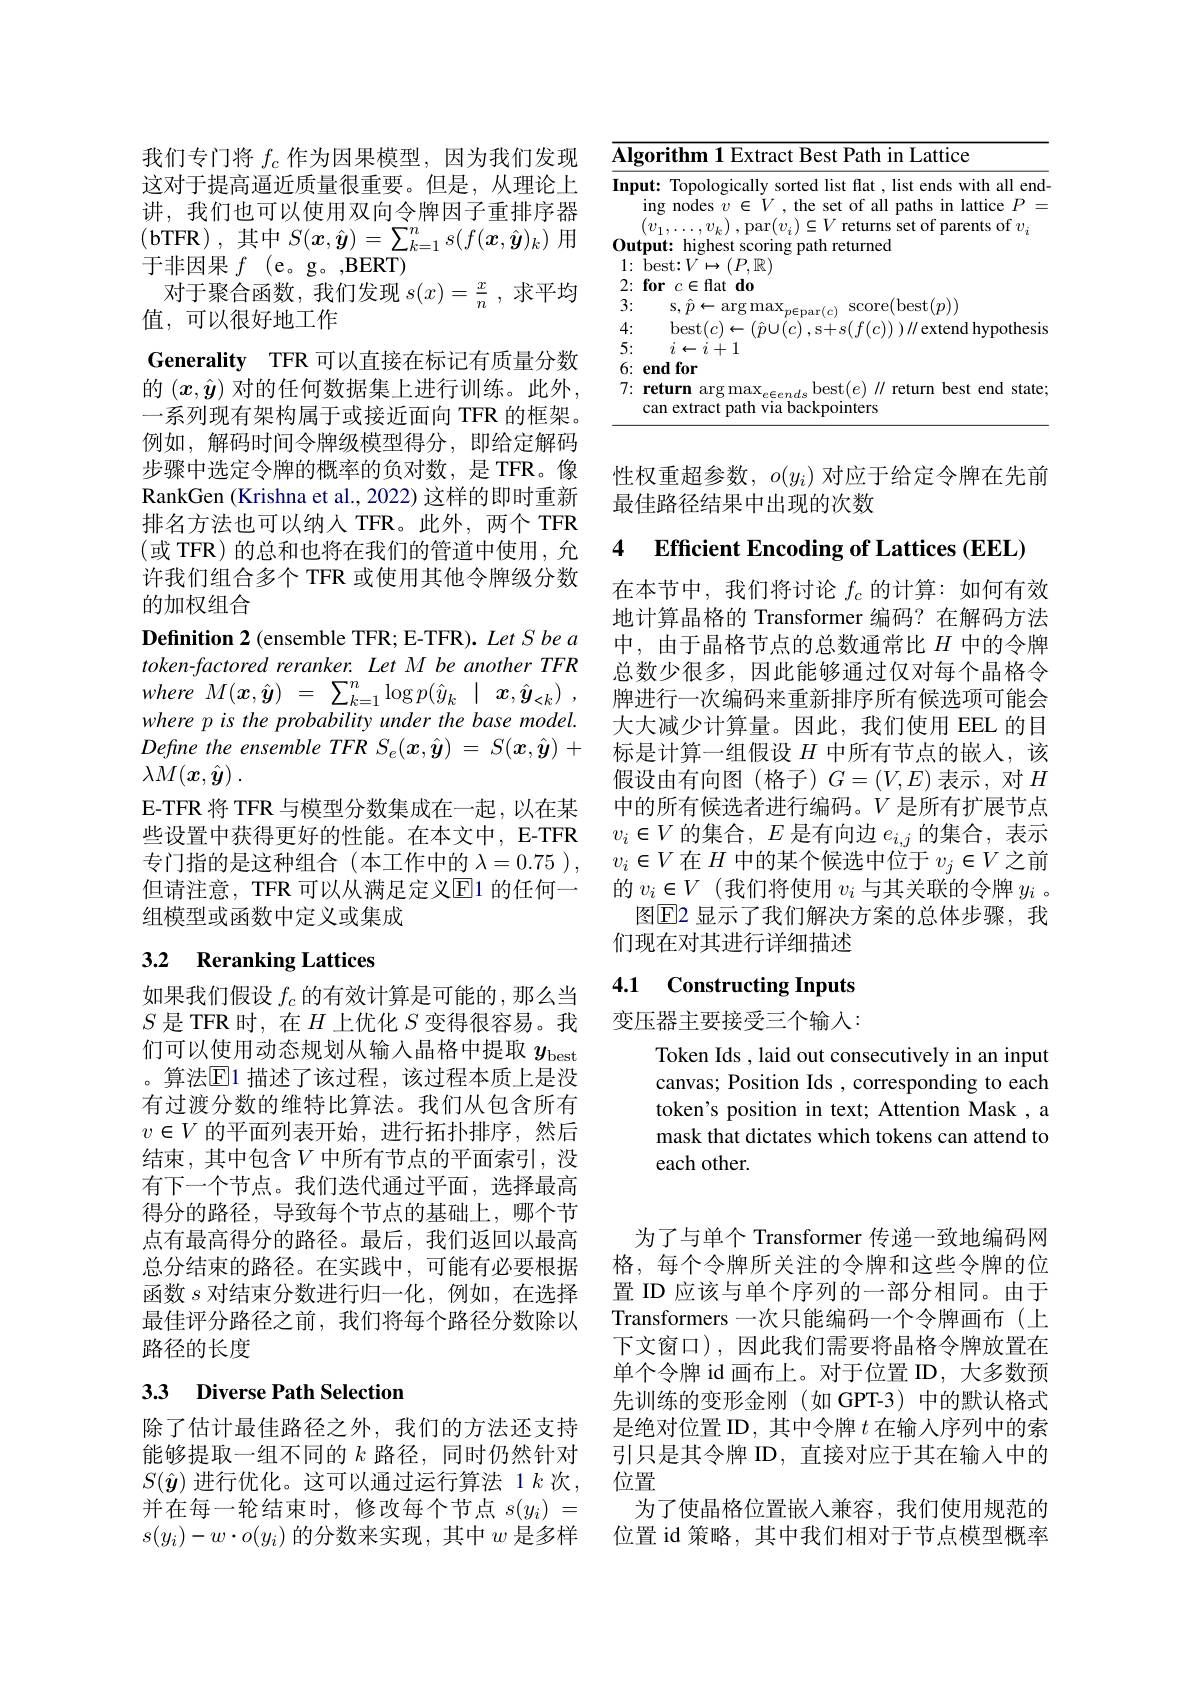
我们专门将$f_c$作为因果模型，因为我们发现这对于提高逼近质量很重要。但是，从理论上讲，我们也可以使用双向令牌因子重排序器(bTFR),其中$S(\boldsymbol x,\hat{\boldsymbol{y}})=\sum_k=1^ns(f(\boldsymbol{x},\hat{\boldsymbol{y}})_k)$用于非因果$f$ (e。g。,BERT)
对于聚合函数，我们发现$s( x) = \frac xn$ ,求平均
值，可以很好地工作
Generality TFR 可以直接在标记有质量分数的 $(x,\hat{\boldsymbol{y}})$ 对的任何数据集上进行训练。此外， 一系列现有架构属于或接近面向 TFR 的框架。例如，解码时间令牌级模型得分，即给定解码步骤中选定令牌的概率的负对数，是 TFR。像RankGen (Krishna et al., 2022) 这样的即时重新排名方法也可以纳人 TFR。此外，两个 TFR (或 TFR)的总和也将在我们的管道中使用，允许我们组合多个 TFR 或使用其他令牌级分数的加权组合
Definition 2 (ensemble TFR; E-TFR). Let S be a token-factored reranker. Let M be another TFR $where~M(x,\hat{\boldsymbol{y}})~=~\sum_{k=1}^{n}\log p(\hat{y}_{k}~|~x,\hat{\boldsymbol{y}}_{<k})~$, where p is the probability under the base model. $\lambda M( \boldsymbol{x}, \hat{\boldsymbol{y}} )$ .
E-TFR 将 TFR 与模型分数集成在一起，以在某些设置中获得更好的性能。在本文中，E-TFR 专门指的是这种组合(本工作中的$\lambda=0.75$ ), 但请注意，TFR 可以从满足定义$\overline{\mathrm{E}}$1 的任何一组模型或函数中定义或集成

## 3.2 Reranking Lattices

如果我们假设$f_c$的有效计算是可能的 ,那么当$S$是 TFR 时，在$H$上优化$S$变得很容易。我们可以使用动态规划从输入晶格中提取$y_\mathrm{best}$ 。算法$\boxed{\mathrm{F}}1$ 描述了该过程，该过程本质上是没有过渡分数的维特比算法。我们从包含所有$v\in V$的平面列表开始，进行拓扑排序，然后结束，其中包含$V$ 中所有节点的平面索引，没有下一个节点。我们迭代通过平面，选择最高得分的路径，导致每个节点的基础上，哪个节点有最高得分的路径。最后，我们返回以最高总分结束的路径。在实践中，可能有必要根据函数$s$对结束分数进行归一化，例如，在选择最佳评分路径之前，我们将每个路径分数除以路径的长度

# 33 Diverse Path Selection

$s(y_{i})-w\cdot o(y_{i})$的分数来实现，其中$w$是多样

<table>
	<tbody>
		<tr>
			<td>$\overline{\mathbf{AI}};$</td>
			<td>gorithm 1 Extract Best Path in Lattice</td>
		</tr>
		<tr>
			<td>3:</td>
			<td>$S.7$ score( best( p) ) $A.Tp$</td>
		</tr>
		<tr>
			<td>4: </td>
			<td>pcf</td>
		</tr>
		<tr>
			<td>5: ·</td>
			<td>$i\leftarrow i+1$</td>
		</tr>
		<tr>
			<td>6:</td>
			<td>endfor</td>
		</tr>
		<tr>
			<td>7:</td>
			<td>return argmax$_e\in ends$best$(e)\|$ return best end state; can extract path via backpointers</td>
		</tr>
	</tbody>
</table>

性权重超参数，$o(y_i)$对应于给定令牌在先前
最佳路径结果中出现的次数

## 4 Efficient Encoding of Lattices (EEL)

在本节中，我们将讨论$f_c$的计算：如何有效地计算晶格的 Transformer 编码？在解码方法中，由于晶格节点的总数通常比$H$中的令牌总数少很多，因此能够通过仅对每个晶格令牌进行一次编码来重新排序所有候选项可能会大大减少计算量。因此，我们使用 EEL 的目标是计算一组假设$H$中所有节点的嵌人，该假设由有向图(格子)$G=(V,E)$表示，对$H$ 中的所有候选者进行编码。$V$是所有扩展节点$v_i\in V$的集合，$E$是有向边$e_i,j$的集合，表示$v_i\in V$在$H$中的某个候选中位于$v_j\in V$之前的$v_i\in V$ (我们将使用$v_i$与其关联的令牌$y_i$ 。
图$\boxed{\mathrm{E}}$2 显示了我们解决方案的总体步骤，我
们现在对其进行详细描述

### 4.1 Constructing Inputs

变压器主要接受三个输入：

Token Ids , laid out consecutively in an input canvas; Position Ids , corresponding to each token's position in text; Attention Mask , a mask that dictates which tokens can attend to each other.

为了与单个 Transformer 传递一致地编码网格，每个令牌所关注的令牌和这些令牌的位置 ID 应该与单个序列的一部分相同。由于Transformers 一次只能编码一个令牌画布(上下文窗口),因此我们需要将晶格令牌放置在单个令牌 id 画布上。对于位置 ID, 大多数预先训练的变形金刚(如 GPT-3)中的默认格式
除了估计最佳路径之外，我们的方法还支持 是绝对位置 ID, 其中令牌$t$在输入序列中的索能够提取一组不同的$k$路径，同时仍然针对 引只是其令牌 ID, 直接对应于其在输入中的$S(\hat{\boldsymbol{y}})$进行优化。这可以通过运行算法 1$k$次，位置
并在每一轮结束时，修改每个节点 $s( y_i) =$ 为了使晶格位置嵌人兼容，我们使用规范的
位置 id 策略，其中我们相对于节点模型概率